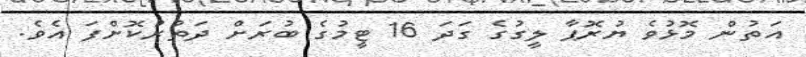
އަތުން މޮޅުވެ ޔުރޮޕާ ލީގުގެ ގަދަ 16 ޓީމުގެ ބުރަށް ދަތުރުކޮށްފަ އެވެ.